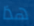
هذا